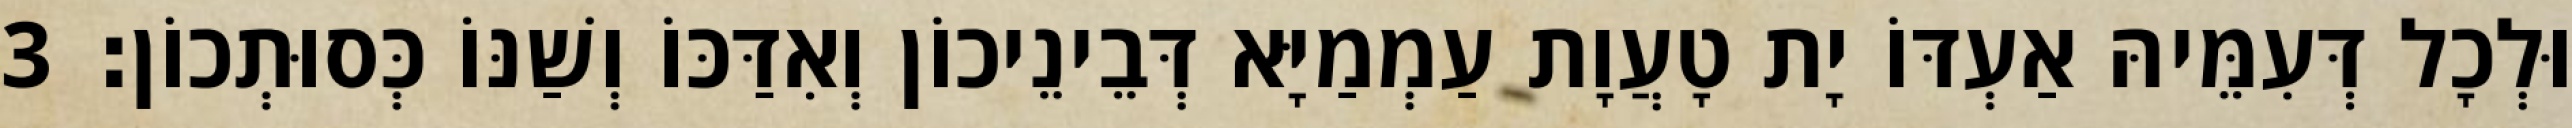
וּלְכָל דְּעִמֵּיהּ אַעְדּוֹ יָת טָעֲוָת עַמְמַיָּא דְּבֵינֵיכוֹן וְאִדַּכּוֹ וְשַׁנּוֹ כְּסוּתְכוֹן׃ 3